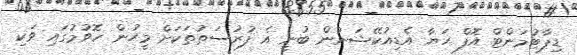
ޑިޕާޓުމަންޓް އޮފް ހަޔާ އެޑިއުކޭޝަނުން ބުނީ އެ ފުރުސަތުތަކަށް މީހުން ހޮވުމުގައި ވަކި